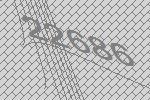
22686